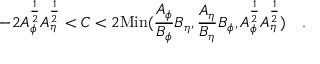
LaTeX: - 2 A _ { \phi } ^ { \frac { 1 } { 2 } } A _ { \eta } ^ { \frac { 1 } { 2 } } < C < 2 \mathrm { M i n } ( { \frac { A _ { \phi } } { B _ { \phi } } } B _ { \eta } , { \frac { A _ { \eta } } { B _ { \eta } } } B _ { \phi } , A _ { \phi } ^ { \frac { 1 } { 2 } } A _ { \eta } ^ { \frac { 1 } { 2 } } ) ~ ~ ~ .